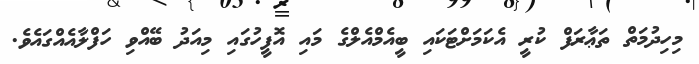
މިހިދުމަތް ތަޢާރަފް ކުރީ އެކަމަށްޓަކައި ބީއެމްއެލްގެ މައި އޮފީހުގައި މިއަދު ބޭއްވި ހަފްލާއެއްގައެވެ.